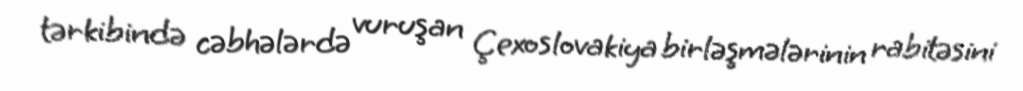
tərkibində cəbhələrdə vuruşan Çexoslovakiya birləşmələrinin rabitəsini